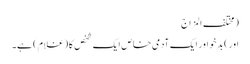
(مختلف المزاج
اور) بدخو اور ایک آدمی خاص ایک شخص کا (غلام) ہے۔